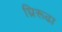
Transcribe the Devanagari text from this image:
घ्रिरूढा